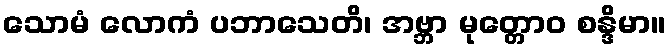
သောမံ လောကံ ပဘာသေတိ၊ အဗ္ဘာ မုတ္တောဝ စန္ဒိမာ။